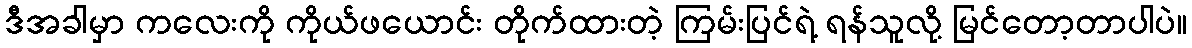
ဒီအခါမှာ ကလေးကို ကိုယ်ဖယောင်း တိုက်ထားတဲ့ ကြမ်းပြင်ရဲ့ ရန်သူလို့ မြင်တော့တာပါပဲ။